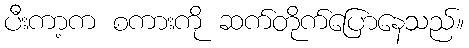
ပီးကာ့က စကားကို ဆက်တိုက်ပြောနေသည်။